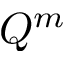
Q ^ { m }